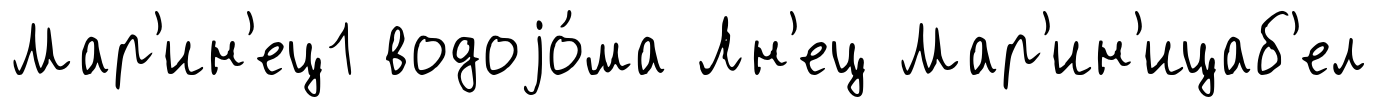
Мар'ин'ец1 водоjо́ма Лн'ец Мар'ин'ицаб'ел